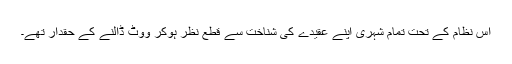
اس نظام کے تحت تمام شہری اپنے عقیدے کی شناخت سے قطع نظر ہوکر ووٹ ڈالنے کے حقدار تھے۔